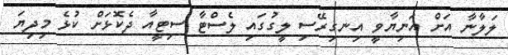
ލަލާނާ އަށް އަނިޔާވީ އިނގިރޭސި ލީގުގައި ލެސްޓާ ސިޓީއާ ދެކޮޅަށް ކުޅެ މިދިޔަ